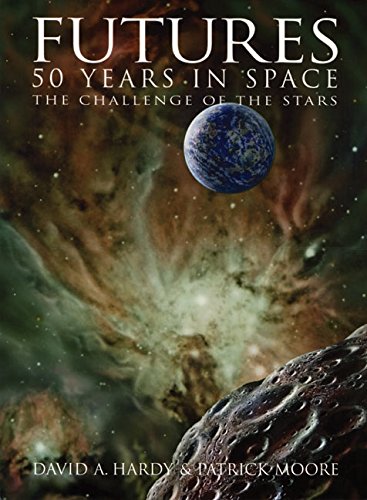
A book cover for Futures: 50 Years in Space; David A. Hardy; Science Fiction & Fantasy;